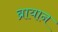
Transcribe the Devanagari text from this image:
ब्रायान